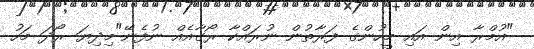
"އުމްރާ އިން އައި މީހުންގެ ފަރާތުން ނުރައްކާ ރޯގާއެއް ނުފެނޭ"މިދިޔަ ރޯދަ މަހު